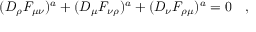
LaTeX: ( D _ { \rho } F _ { \mu \nu } ) ^ { a } + ( D _ { \mu } F _ { \nu \rho } ) ^ { a } + ( D _ { \nu } F _ { \rho \mu } ) ^ { a } = 0 \quad ,